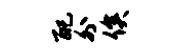
配外俟